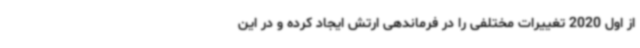
از اول 2020 تغییرات مختلفی را در فرماندهی ارتش ایجاد کرده و در این